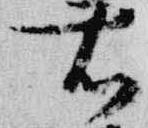
右